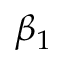
\beta _ { 1 }